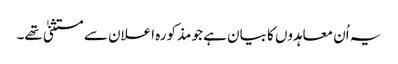
یہ اُن معاہدوں کا بیان ہے جو مذکورہ اعلان سے مستثنیٰ تھے۔